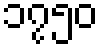
၁၇၅၀